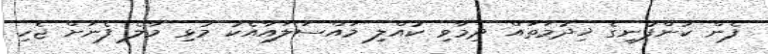
ފެން ކުންފުނީގެ ޚިދުމަތައް ދިމާވި ކުއްލި މައްސަލައާއެކު މުޅި މާލެ ފެނަށް ޖެހި